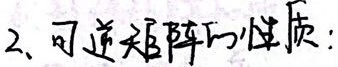
2. 可逆矩阵的性质：